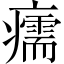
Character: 𤻪